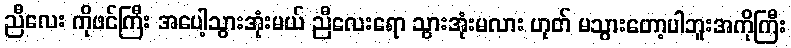
ညီလေး ကိုဖင်ကြီး အပေါ့သွားအုံးမယ် ညီလေးရော သွားအုံးမလား ဟုတ် မသွားတော့ပါဘူးအကိုကြီး